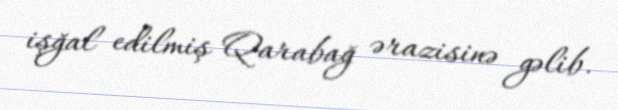
işğal edilmiş Qarabağ ərazisinə gəlib.